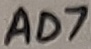
Text: AD7